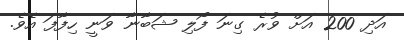
އަދި 200 އަށް ވުރެ ގިނަ ފޯލި ޝަބާނާ ވަނީ ހިފާފަ އެވެ.